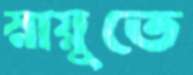
স্নায়ুতে